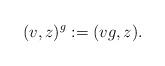
LaTeX: \begin{align*} (v, z)^g := (vg, z).\end{align*}